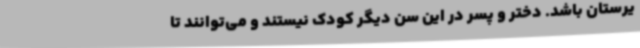
یرستان باشد. دختر و پسر در این سن دیگر کودک نیستند و می‌توانند تا